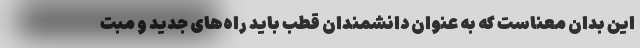
این بدان معناست که به عنوان دانشمندان قطب باید راه‌های جدید و مبت